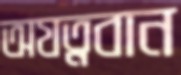
অযত্নবান